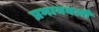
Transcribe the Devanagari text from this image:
प्रभाववली